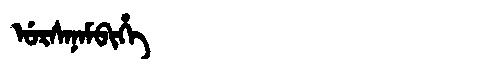
Manchu: ᡠᡵᠰᠠᠨᠠᠮᠪᡳᡥᡝ
Romanization: URSANAMBIHE